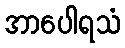
အာပေါရသံ